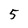
Character: 5